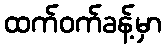
ထက်ဝက်ခန့်မှာ